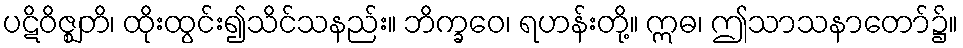
ပဋိဝိဇ္ဈတိ၊ ထိုးထွင်း၍သိင်သနည်း။ ဘိက္ခဝေ၊ ရဟန်းတို့။ ဣဓ၊ ဤသာသနာတော်၌။